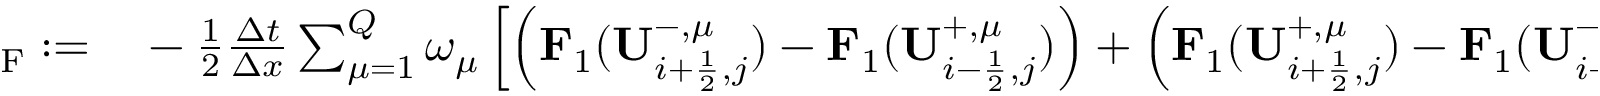
\begin{array} { r l } { { \bf \Pi } _ { \mathrm { { { F } } } } : = } & { { } - \frac { 1 } { 2 } \frac { \Delta t } { \Delta x } \sum _ { \mu = 1 } ^ { Q } \omega _ { \mu } \left[ \left( \mathbf { F } _ { 1 } ( \mathbf { U } _ { i + \frac { 1 } { 2 } , j } ^ { - , \mu } ) - \mathbf { F } _ { 1 } ( \mathbf { U } _ { i - \frac { 1 } { 2 } , j } ^ { + , \mu } ) \right) + \left( \mathbf { F } _ { 1 } ( \mathbf { U } _ { i + \frac { 1 } { 2 } , j } ^ { + , \mu } ) - \mathbf { F } _ { 1 } ( \mathbf { U } _ { i - \frac { 1 } { 2 } , j } ^ { - , \mu } ) \right) \right] } \end{array}